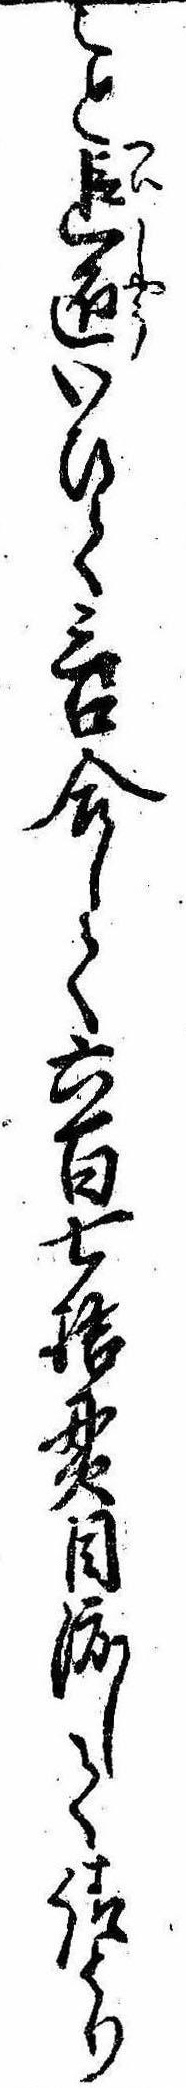
こと追匠いひて三口合して六百七拾貫目渡して請とり